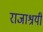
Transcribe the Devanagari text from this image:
राजाश्रयी